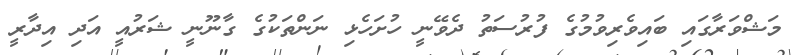
މަޝްވަރާގައި ބައިވެރިވުމުގެ ފުރުސަތު ދެވޭނީ ހުށަހެޅި ނަންތަކުގެ ގާނޫނީ ޝަރުއީ އަދި އިދާރީ